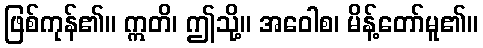
ဖြစ်ကုန်၏။ ဣတိ၊ ဤသို့။ အဝေါစ၊ မိန့်တော်မူ၏။